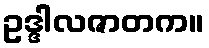
ဥဒ္ဒါလဇာတက။